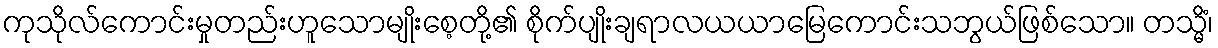
ကုသိုလ်ကောင်းမှုတည်းဟူသောမျိုးစေ့တို့၏ စိုက်ပျိုးချရာလယယာမြေကောင်းသဘွယ်ဖြစ်သော။ တသ္မိံ၊